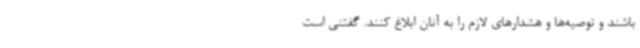
باشند و توصیه‌ها و هشدارهای لازم را به آنان ابلاغ کنند. گفتنی است